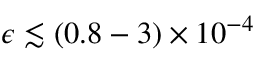
\epsilon \lesssim ( 0 . 8 - 3 ) \times 1 0 ^ { - 4 }